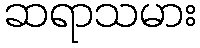
ဆရာသမား